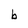
Character: b